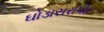
ઘોડાસરાપીર